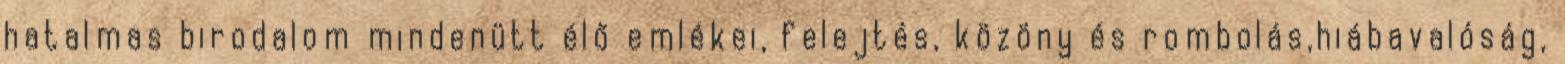
hatalmas birodalom mindenütt élő emlékei, felejtés, közöny és rombolás,hiábavalóság,